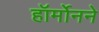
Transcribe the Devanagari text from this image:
हॉर्मोनने